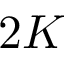
2 K